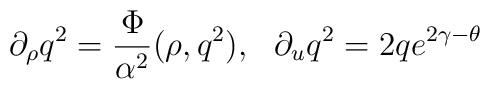
\partial_\rho q^2={\Phi \over \alpha^2} (\rho, q^2), \ \ \partial_u q^2 =2qe^{2\gamma-\theta}